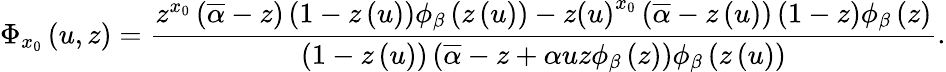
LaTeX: \Phi_{x_{0}}\left(u,z\right)=\frac{z^{x_{0}}\left(\overline{{\alpha}}-z\right)\left(1-z\left(u\right)\right)\phi_{\beta}\left(z\left(u\right)\right)-z\left(u\right)^{x_{0}}\left(\overline{{\alpha}}-z\left(u\right)\right)\left(1-z\right)\phi_{\beta}\left(z\right)}{\left(1-z\left(u\right)\right)\left(\overline{{\alpha}}-z+\alpha uz\phi_{\beta}\left(z\right)\right)\phi_{\beta}\left(z\left(u\right)\right)}.